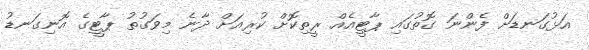
އަޅުގަނޑަށް ފެންނަ ގޮތުގައި ޕާޓީއެއް ރީތިކޮށް ކުރިއަށް ދާނެ މިވަގުތު ޕާޓީގެ އޮނިގަނޑު